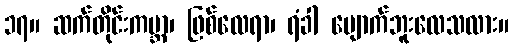
၁၇။ ဆက်တိုင်းကမ္ဘာ၊ ဖြစ်လေရာ၊ ရံခါ ပျောက်ဘူးလေသလား။